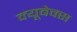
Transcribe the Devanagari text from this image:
क्यूबेक्स